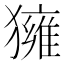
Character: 𤢐